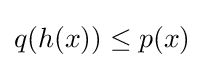
q(h(x))\leq p(x)